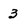
Character: 3